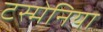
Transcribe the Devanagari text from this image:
टस्मेनिया